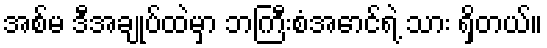
အစ်မ ဒီအချုပ်ထဲမှာ ဘကြီးစံအောင်ရဲ့ သား ရှိတယ်။